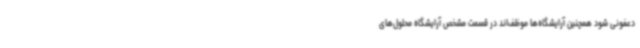
دعفونی شود همچنین آرایشگاه‌ها موظف‌اند در قسمت مشخص آرایشگاه محلول‌های